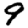
Digit: 9